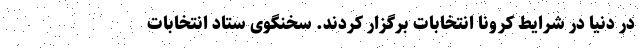
در دنیا در شرایط کرونا انتخابات برگزار کردند. سخنگوی ستاد انتخابات